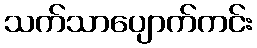
သက်သာပျောက်ကင်း